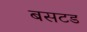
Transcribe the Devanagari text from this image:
बसटड